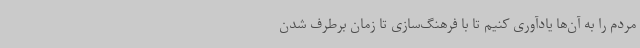
مردم را به آن‌ها یادآوری کنیم تا با فرهنگ‌سازی تا زمان برطرف شدن